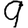
Digit: 9